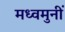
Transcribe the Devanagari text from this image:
मध्वमुनीं